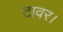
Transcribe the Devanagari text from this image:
टावर।